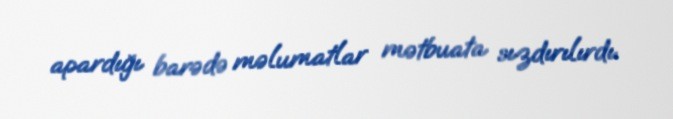
apardığı barədə məlumatlar mətbuata sızdırılırdı.